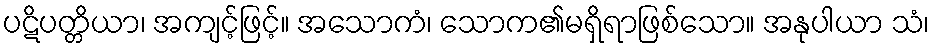
ပဋိပတ္တိယာ၊ အကျင့်ဖြင့်။ အသောကံ၊ သောက၏မရှိရာဖြစ်သော။ အနုပါယာ သံ၊